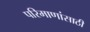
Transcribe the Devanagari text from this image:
परिमाणांसाठी